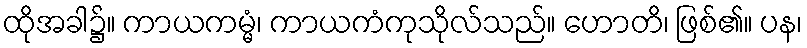
ထိုအခါ၌။ ကာယကမ္မံ၊ ကာယကံကုသိုလ်သည်။ ဟောတိ၊ ဖြစ်၏။ ပန၊